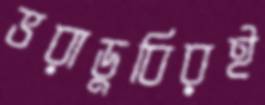
ভরাডুবিরই